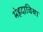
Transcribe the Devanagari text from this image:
मेहदाविया